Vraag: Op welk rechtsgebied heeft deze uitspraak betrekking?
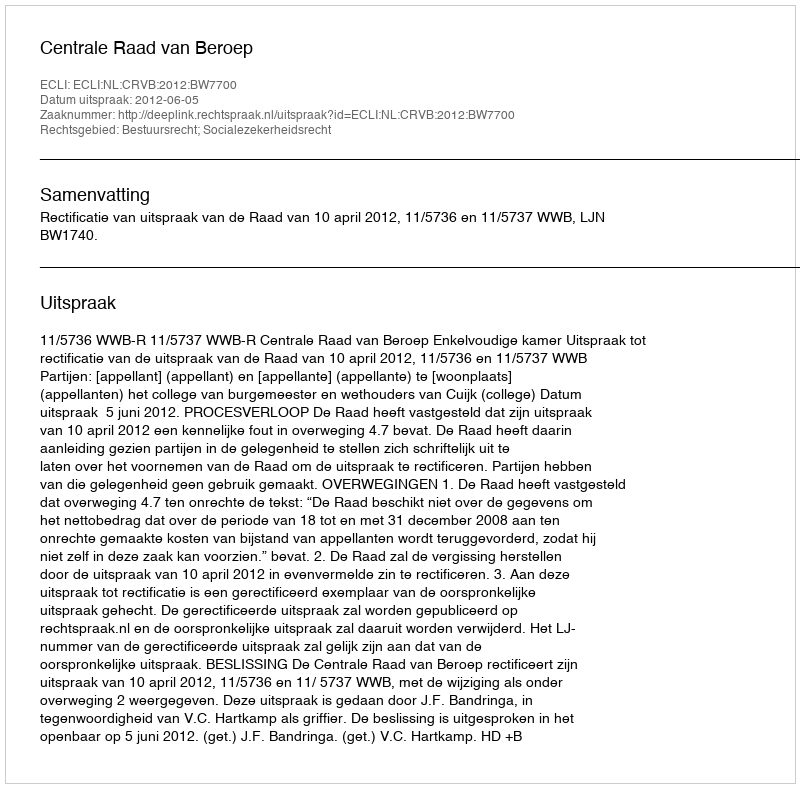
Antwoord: Bestuursrecht; Socialezekerheidsrecht